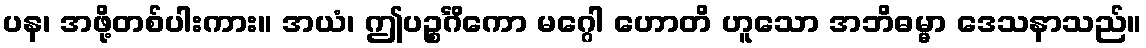
ပန၊ အဖို့တစ်ပါးကား။ အယံ၊ ဤပဉ္စင်္ဂိကော မဂ္ဂေါ ဟောတိ ဟူသော အဘိဓမ္မာ ဒေသနာသည်။